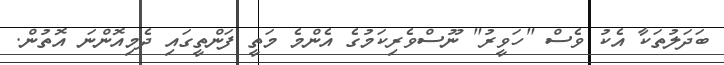
ބަދަލުތަކާ އެކު ވެސް "ހަވީރު" ނޫސްވެރިކަމުގެ އެންމެ މަތީ ފަންތީގައި ދެމިއޮންނަ އޮތުން.